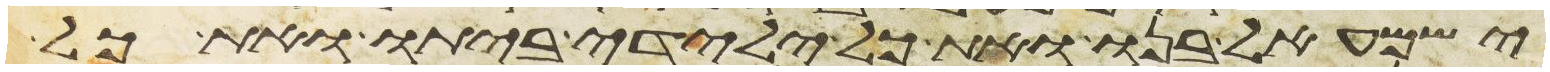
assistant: ישמעאל בנו ואת כל ילידי ביתו ואת כל